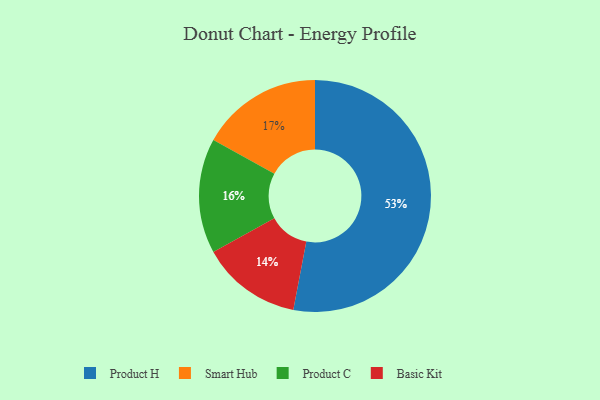
{"axis": {"x": "Category", "y": "Percentage"}, "legend": ["Basic Kit", "Product C", "Product H", "Smart Hub"], "data": [{"x": "Product C", "y": 16, "type": "Product C"}, {"x": "Basic Kit", "y": 14, "type": "Basic Kit"}, {"x": "Product H", "y": 53, "type": "Product H"}, {"x": "Smart Hub", "y": 17, "type": "Smart Hub"}]}